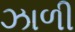
ઝાળી